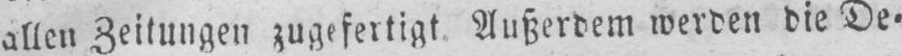
allen Zeitungen zugefertigt. Außerdem werden die De⸗